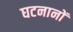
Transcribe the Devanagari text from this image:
घटनानों